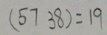
( 5 7 3 8 ) = 1 9